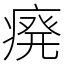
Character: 㾱